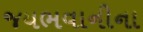
જયભવાનીના